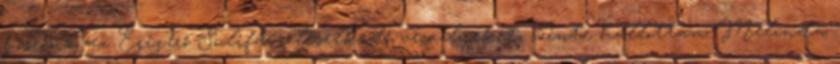
hőseink az Égigérő Sulifára leselkedő veszélyeket, szinte hallottam Melinda